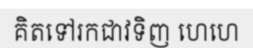
គិតទៅរកជាវទិញ ហេហេ